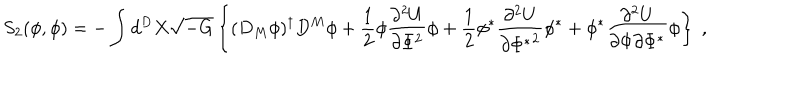
S _ { 2 } ( \phi , \phi ) = - \int d ^ { D } X \sqrt { - G } \left\{ ( D _ { M } \phi ) ^ { \dagger } D ^ { M } \phi + \frac { 1 } { 2 } \phi \frac { \partial ^ { 2 } U } { \partial \Phi ^ { 2 } } \phi + \frac { 1 } { 2 } \phi ^ { * } \frac { \partial ^ { 2 } U } { \partial { \Phi ^ { * } } ^ { 2 } } \phi ^ { * } + \phi ^ { * } \frac { \partial ^ { 2 } U } { \partial \Phi \partial \Phi ^ { * } } \phi \right\} ~ ,